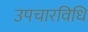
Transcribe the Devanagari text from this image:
उपचारविधि